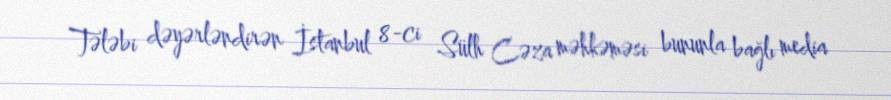
Tələbi dəyərləndirən İstanbul 8-ci Sülh Cəza məhkəməsi bununla bağlı media